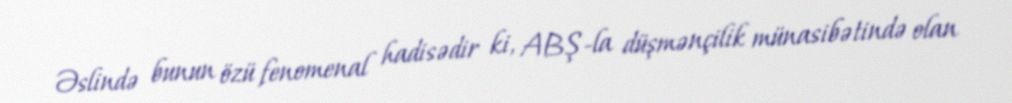
Əslində bunun özü fenomenal hadisədir ki, ABŞ-la düşmənçilik münasibətində olan